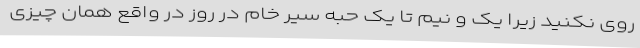
روی نکنید زیرا یک و نیم تا یک حبه سیر خام در روز در واقع همان چیزی